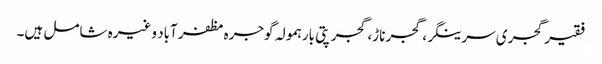
فقیر گجری سرینگر، گجر ناڑ، گجر پتی بارہمولہ گوجرہ مظفرآباد وغیرہ شامل ہیں۔